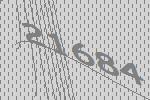
21684